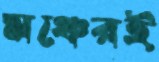
মঞ্চেরই